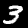
Label: 3